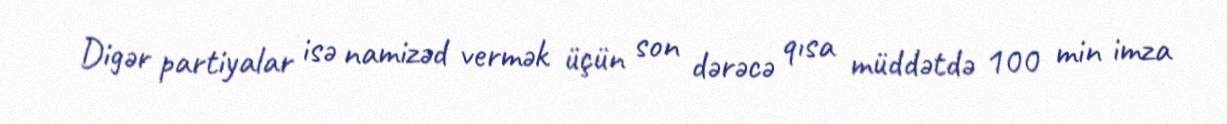
Digər partiyalar isə namizəd vermək üçün son dərəcə qısa müddətdə 100 min imza